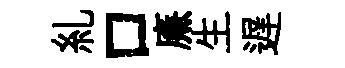
糺口㢘生遅